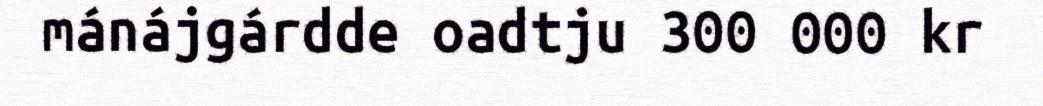
mánájgárdde oadtju 300 000 kr